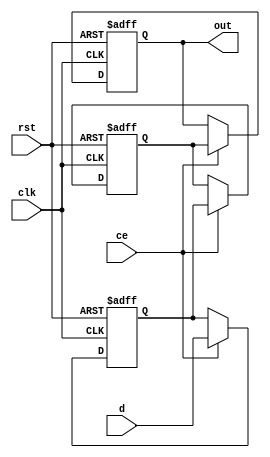
`timescale 1ns / 1ps

module variable_shift_reg #(parameter WIDTH = 8, parameter SIZE = 3) (
input clk,
input ce,
input rst,
input [WIDTH-1:0] d,
output [WIDTH-1:0] out
);
reg [WIDTH-1:0] sr [SIZE-1:0];

generate
genvar i;
for(i=0;i<SIZE;i=i+1)
begin
    always@(posedge clk or posedge rst)
    begin
    if(rst)
    begin
        sr[i] <= 'd0;
    end
    else if(ce)
        begin
            if(i == 'd0)
            begin
                sr[i] <= d;
            end
            else
            begin
                sr[i] <= sr[i-1];
            end
        end
    end
end

assign out = sr[SIZE-1];

endgenerate
endmodule